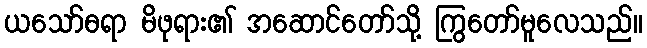
ယသော်ဓရာ မိဖုရား၏ အဆောင်တော်သို့ ကြွတော်မူလေသည်။